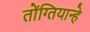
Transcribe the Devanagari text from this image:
तोंग्तियान्हे